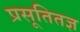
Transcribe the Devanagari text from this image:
प्रसूतितज्ञ